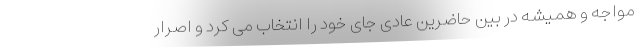
مواجه و همیشه در بین حاضرین عادی جای خود را انتخاب می کرد و اصرار